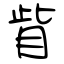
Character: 眥